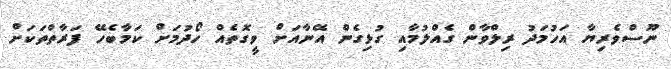
ނޫސްވެރިޔާ އަހުމަދު ރިލްވާން ގެއްލުމާއި ގުޅިގެން އޭނާއަށް ވީގޮތެއް ހޯދުމަށް ކަމާބެހޭ ފަރާތްތަކަށް